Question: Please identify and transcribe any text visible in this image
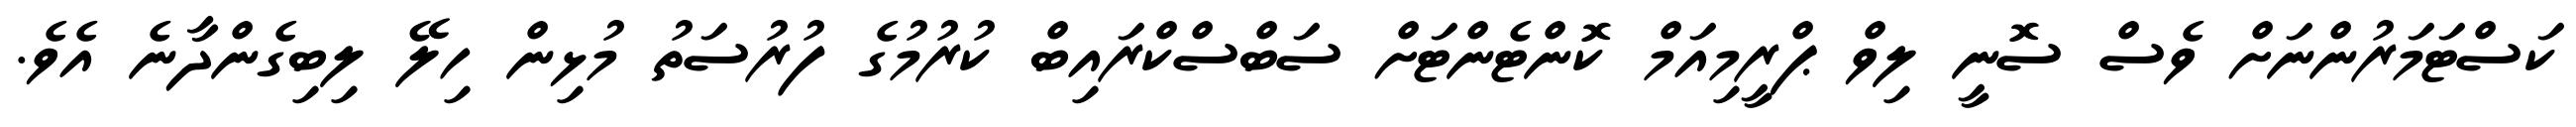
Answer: ކަސްޓަމަރުންނަށް ވެސް ސޮނީ ލިވް ޕްރީމިއަމް ކޮންޓެންޓަށް ސަބްސްކްރައިބް ކުރުމުގެ ފުރުސަތު މުޅިން ހިލޭ ލިބިގެންދާނެ އެވެ.